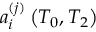
a _ { i } ^ { ( j ) } \left( T _ { 0 } , T _ { 2 } \right)